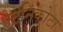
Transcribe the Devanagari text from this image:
पेटनिकोटा